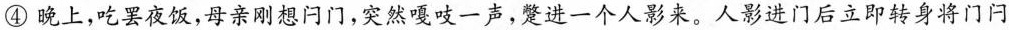
④晚上，吃罢夜饭，母亲刚想闩门，突然嘎吱一声，蹙进一个人影来。人影进门后立即转身将门闩